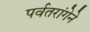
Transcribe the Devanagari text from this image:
पर्वतरांगेने